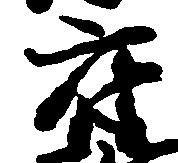
府